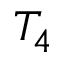
T _ { 4 }